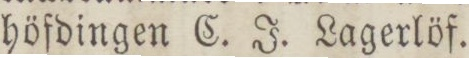
höfdingen C. J. Lagerlöf.